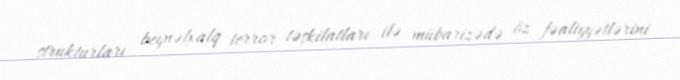
strukturları beynəlxalq terror təşkilatları ilə mübarizədə öz fəaliyyətlərini